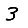
Digit: 3